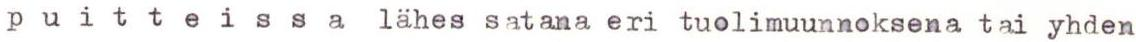
p u i t t e i s s a lähes satana eri tuolimuunnoksena tai yhden